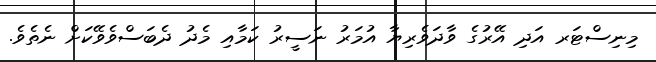
މިނިސްޓަރ އަދި އޭރުގެ ވާދަވެރިޔާ އުމަރު ނަސީރު ކަމާއި މެދު ދެބަސްވެވޭކަށް ނެތެވެ.